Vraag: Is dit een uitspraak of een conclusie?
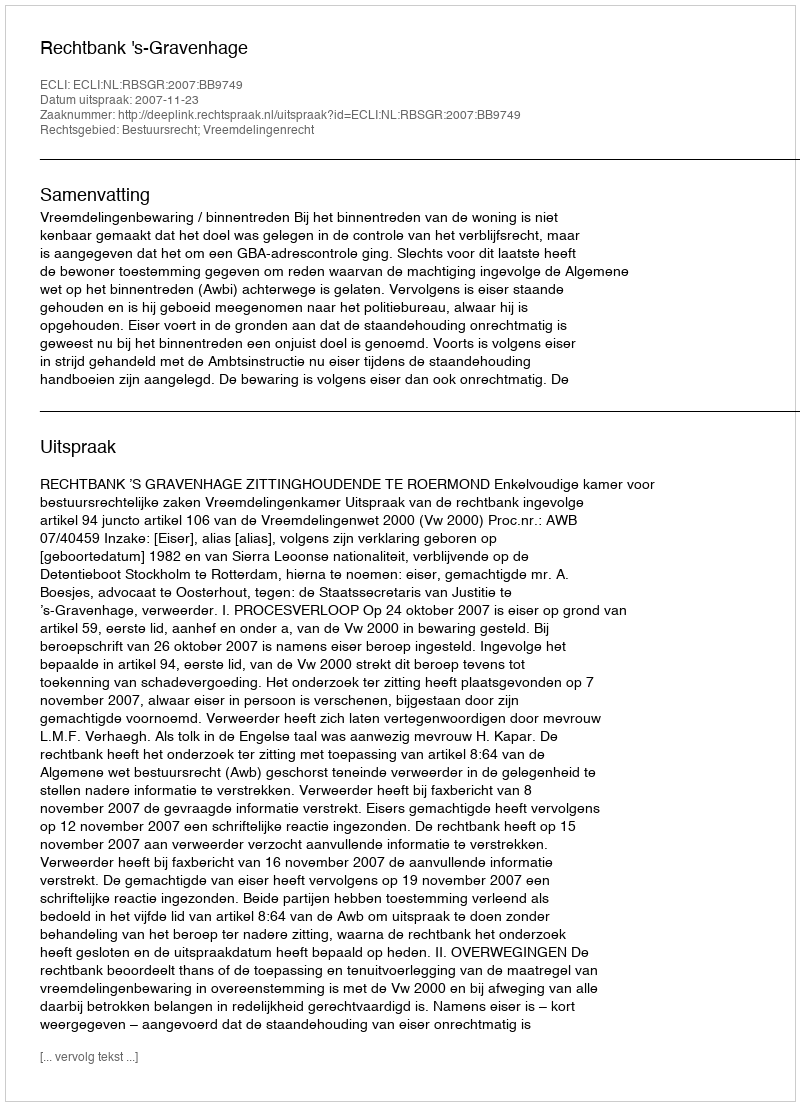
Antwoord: Uitspraak